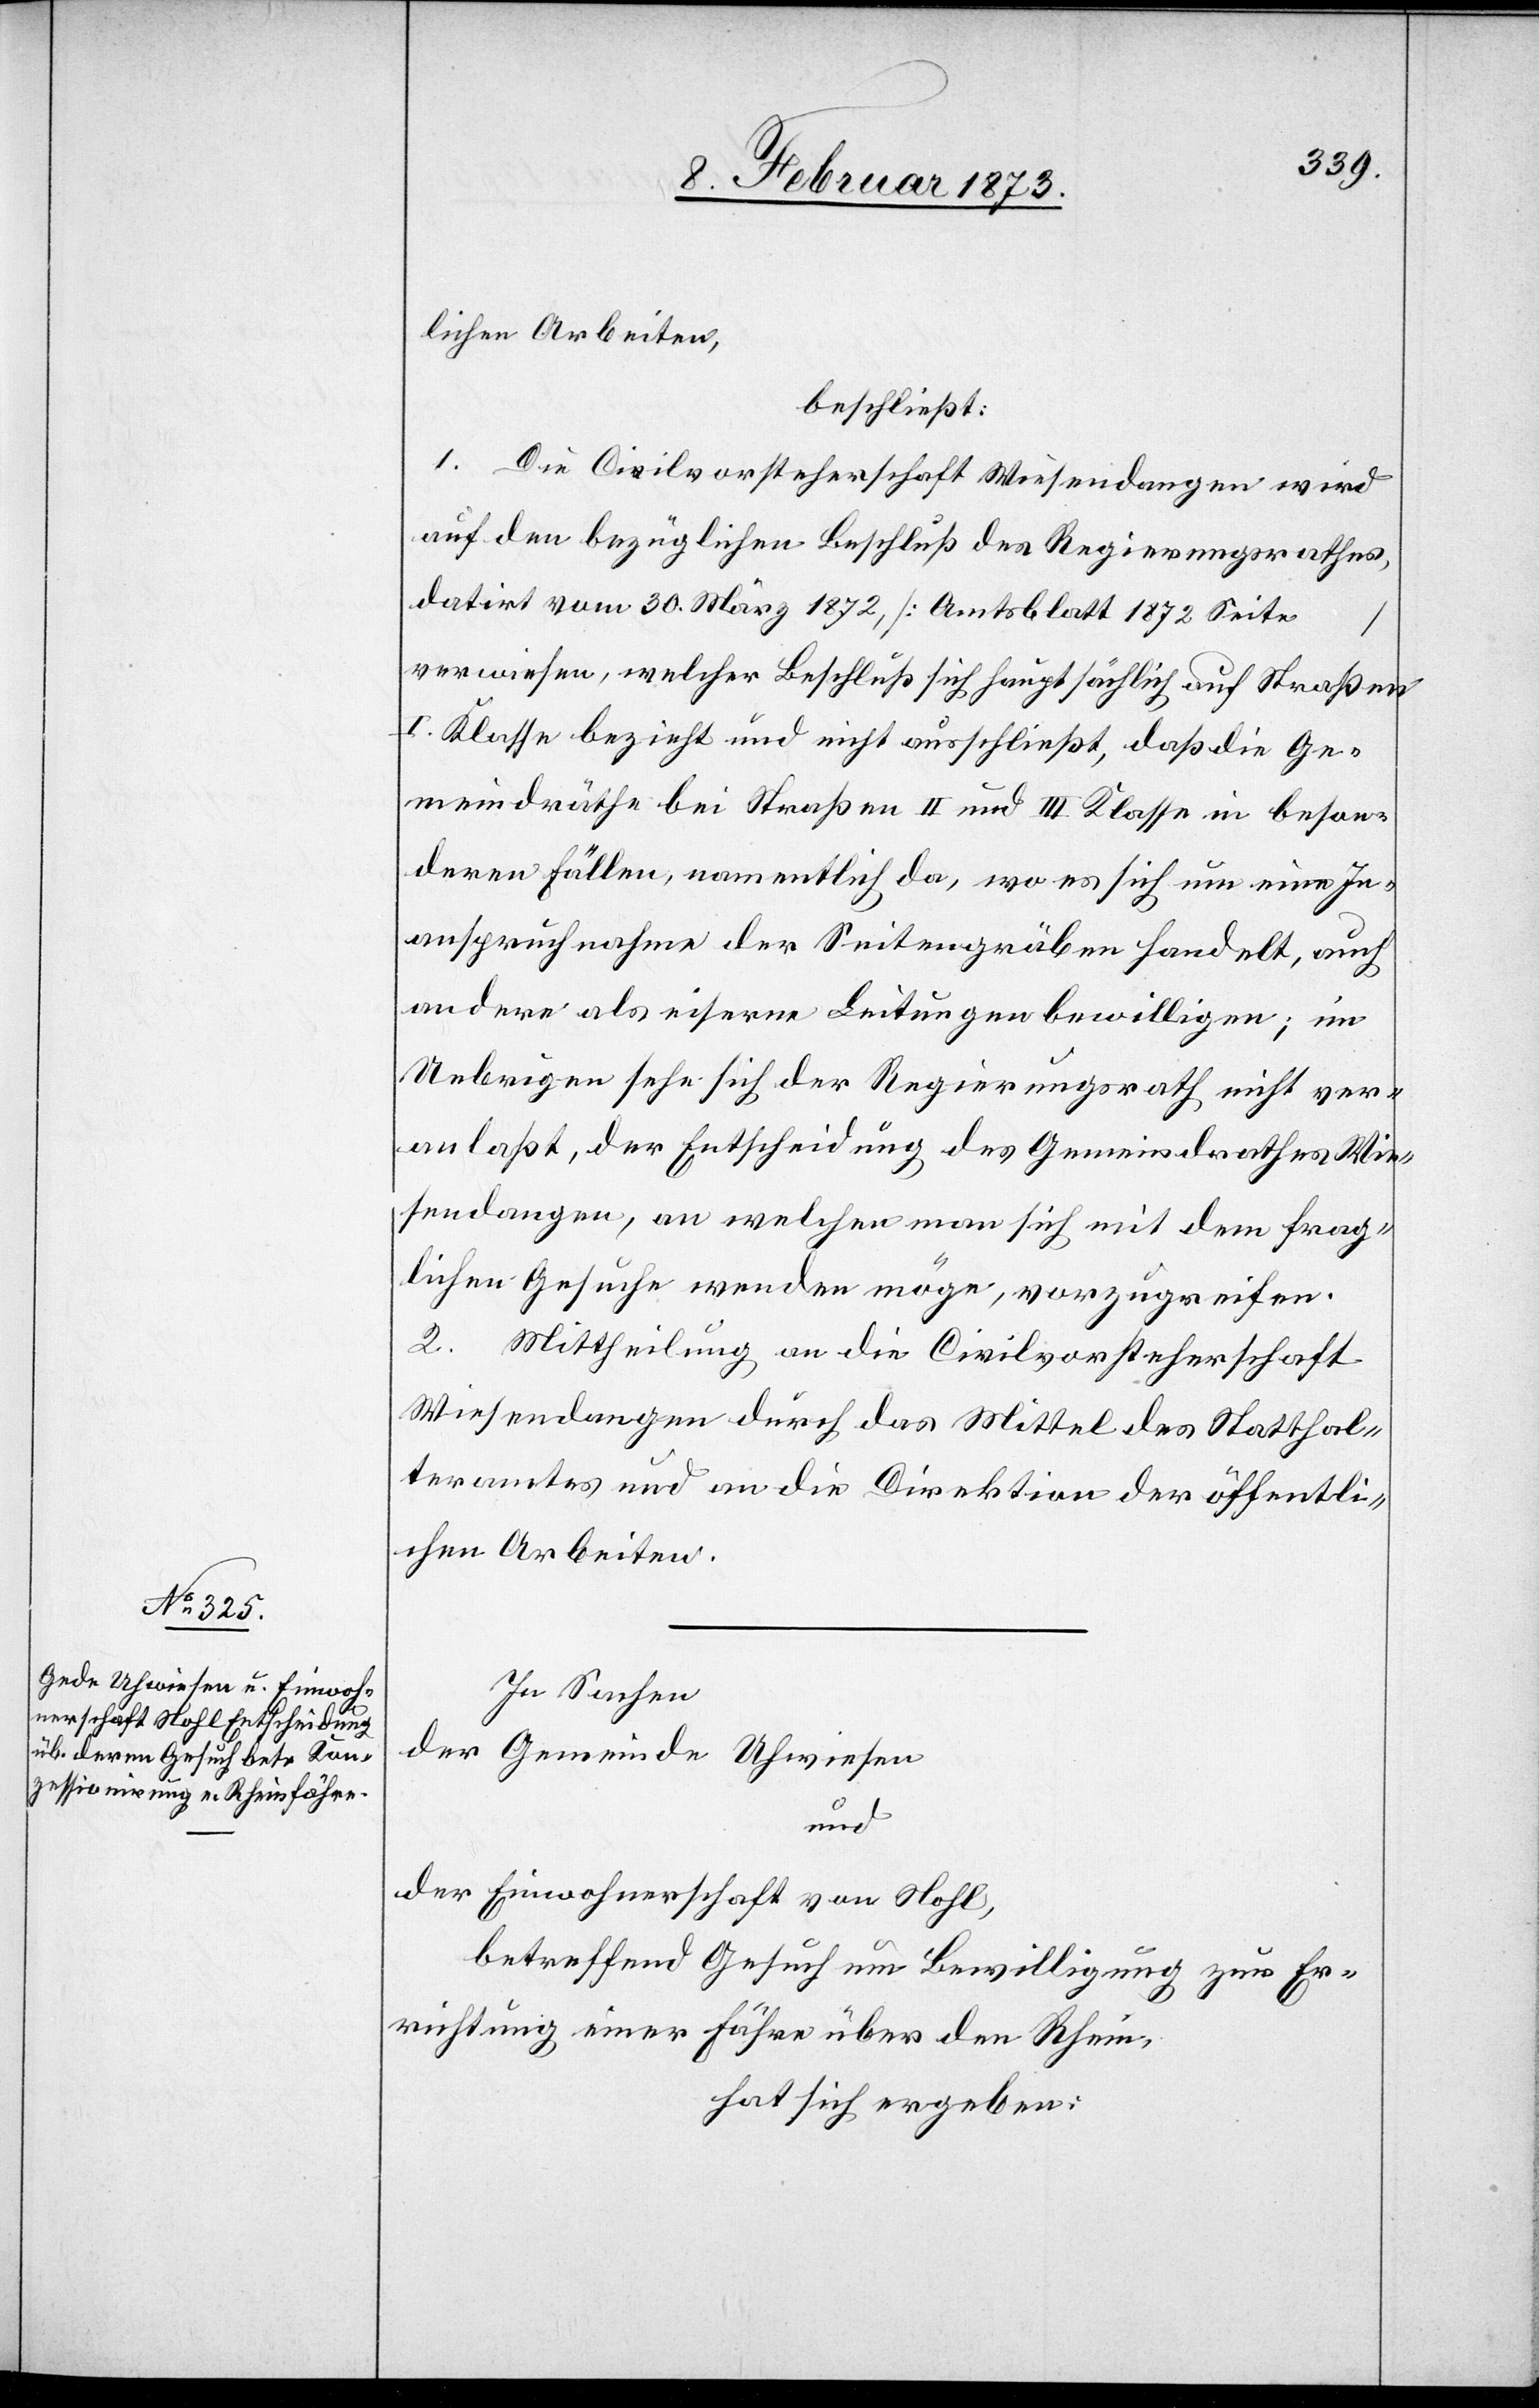
lichen Arbeiten,
beschließt:
1. Die Civilvorsteherschaft Wiesendangen wird
auf den bezüglichen Beschluß des Regierungsrathes,
datirt vom 30. März 1872, [Amtsblatt 1872 Seite
verwiesen, welcher Beschluß sich hauptsächlich auf Straßen
I. Kasse bezieht und nicht ausschließt, daß die Ge¬
meindräthe bei Straßen II und III Klasse in beson¬
deren Fällen, namentlich da, wo es sich um eine In¬
anspruchnahme der Seitengräben handelt, auch
andere als eiserne Leitungen bewilligen; im
Uebrigen sehe sich der Regierungsrath nicht ver¬
anlaßt, der Entscheidung des Gemeindrathes Wie¬
sendangen, an welchen man sich mit dem frag¬
lichen Gesuche wenden möge, vorzugreifen.
2. Mittheilung an die Civilvorsteherschaft
Wiesendangen durch das Mittel des Statthal¬
teramtes und an die Direktion der öffentli¬
chen Arbeiten.
In Sachen
der Gemeinde Uhwiesen
und
der Einwohnerschaft von Nohl,
betreffend Gesuch um Bewilligung zur Er¬
richtung einer Fähre über den Rhein,
hat sich ergeben: